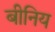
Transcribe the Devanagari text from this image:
बीनिय